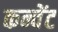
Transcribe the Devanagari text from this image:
कन्वेंट